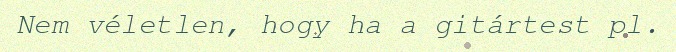
Nem véletlen, hogy ha a gitártest pl.